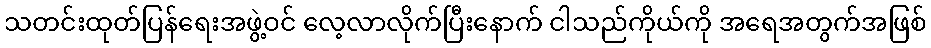
သတင်းထုတ်ပြန်ရေးအဖွဲ့ဝင် လေ့လာလိုက်ပြီးနောက် ငါသည်ကိုယ်ကို အရေအတွက်အဖြစ်